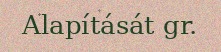
Alapítását gr.